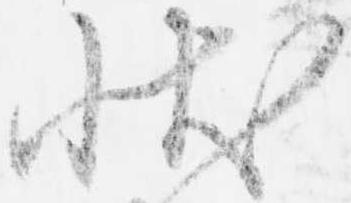
状